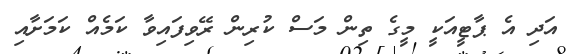
އަދި އެ ޕާޓީއަކީ މީގެ ތިން މަސް ކުރިން ރޭވިފައިވާ ކަމެއް ކަމަށާއި